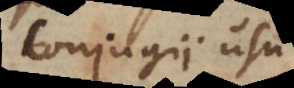
conjugii usu